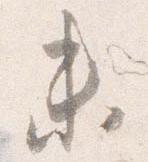
未